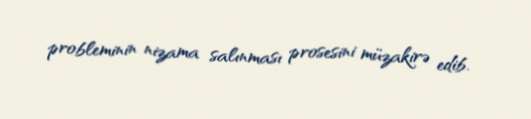
probleminin nizama salınması prosesini müzakirə edib.